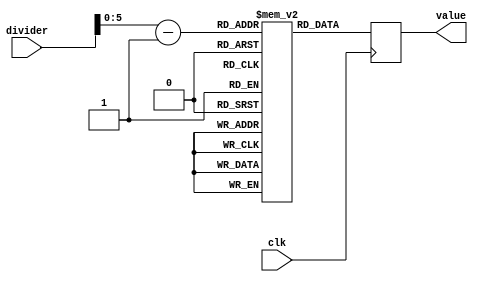
module pll_filter_balanced_lookup(
    input clk,
    input [6:0] divider,
    output reg [9:0] value
    );
    (*rom_style = "block" *) reg [9:0] lookup [0:64];
    wire [5:0] addr;
   initial
   begin
           lookup[0]=10'b0011_0111_00;
           lookup[1]=10'b0011_0111_00;
           lookup[2]=10'b0101_1111_00;
           lookup[3]=10'b0111_1111_00;
           lookup[4]=10'b0111_1011_00;
           lookup[5]=10'b1101_0111_00;
           lookup[6]=10'b1110_1011_00;
           lookup[7]=10'b1110_1101_00;
           lookup[8]=10'b1111_1101_00;
           lookup[9]=10'b1111_0111_00;
           lookup[10]=10'b1111_1011_00;
           lookup[11]=10'b1111_1101_00;
           lookup[12]=10'b1111_0011_00;
           lookup[13]=10'b1110_0101_00;
           lookup[14]=10'b1111_0101_00;
           lookup[15]=10'b1111_0101_00;
           lookup[16]=10'b1111_0101_00;
           lookup[17]=10'b1111_0101_00;
           lookup[18]=10'b0111_0110_00;
           lookup[19]=10'b0111_0110_00;
           lookup[20]=10'b0111_0110_00;
           lookup[21]=10'b0111_0110_00;
           lookup[22]=10'b0101_1100_00;
           lookup[23]=10'b0101_1100_00;
           lookup[24]=10'b0101_1100_00;
           lookup[25]=10'b1100_0001_00;
           lookup[26]=10'b1100_0001_00;
           lookup[27]=10'b1100_0001_00;
           lookup[28]=10'b1100_0001_00;
           lookup[29]=10'b1100_0001_00;
           lookup[30]=10'b1100_0001_00;
           lookup[31]=10'b1100_0001_00;
           lookup[32]=10'b1100_0001_00;
           lookup[33]=10'b0100_0010_00;
           lookup[34]=10'b0100_0010_00;
           lookup[35]=10'b0100_0010_00;
           lookup[36]=10'b0010_1000_00;
           lookup[37]=10'b0010_1000_00;
           lookup[38]=10'b0010_1000_00;
           lookup[39]=10'b0011_0100_00;
           lookup[40]=10'b0010_1000_00;
           lookup[41]=10'b0010_1000_00;
           lookup[42]=10'b0010_1000_00;
           lookup[43]=10'b0010_1000_00;
           lookup[44]=10'b0010_1000_00;
           lookup[45]=10'b0010_1000_00;
           lookup[46]=10'b0010_1000_00;
           lookup[47]=10'b0010_1000_00;
           lookup[48]=10'b0010_1000_00;
           lookup[49]=10'b0010_1000_00;
           lookup[50]=10'b0010_1000_00;
           lookup[51]=10'b0010_1000_00;
           lookup[52]=10'b0010_1000_00;
           lookup[53]=10'b0100_1100_00;          
           lookup[54]=10'b0100_1100_00;
           lookup[55]=10'b0100_1100_00;
           lookup[56]=10'b0100_1100_00;
           lookup[57]=10'b0100_1100_00;
           lookup[58]=10'b0100_1100_00;
           lookup[59]=10'b0100_1100_00;
           lookup[60]=10'b0010_0100_00;
           lookup[61]=10'b0010_0100_00;
           lookup[62]=10'b0010_0100_00;
           lookup[63]=10'b0010_0100_00;
   end
assign addr = divider - 1;
always @(posedge clk)
begin
    value = lookup[addr];
end     
    
    
endmodule